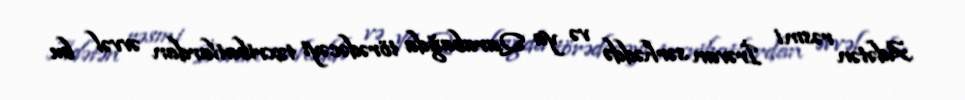
Adətən rəsmi İrəvan sərhəddə və ya Qarabağda törədəcəyi təxribatlardan əvvəl bu